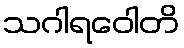
သဂါရဝေါတိ